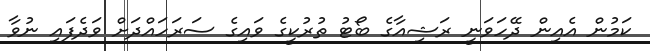
ކަމުން އެއިން ދޭހަވަނީ ރަޝިއާގެ ބޯޓު ތުރުކީގެ ވައިގެ ސަރަހައްދަށް ވަދެފައި ނުވާ